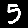
Digit: 5